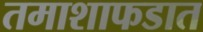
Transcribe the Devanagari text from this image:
तमाशाफडात